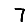
Digit: 7